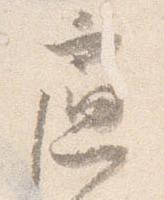
慮